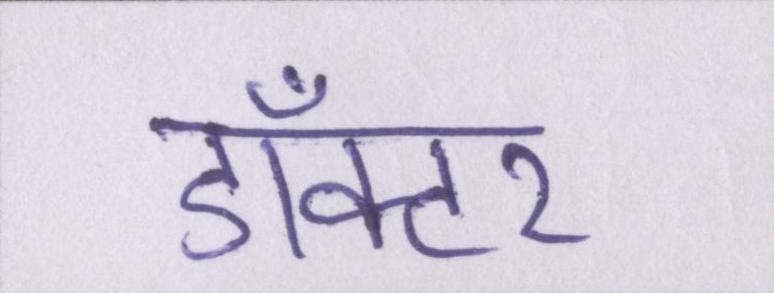
डाँक्टर